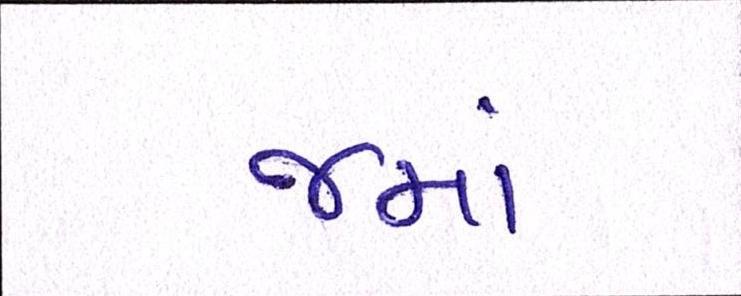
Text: જમાં